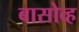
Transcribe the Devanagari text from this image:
बासोव्ह